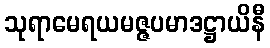
သုရာမေရယမဇ္ဇပမာဒဋ္ဌာယိနီ